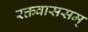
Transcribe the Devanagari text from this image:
रक्तवाससम्